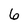
Character: 6